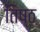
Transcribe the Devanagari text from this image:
तिष्ठ